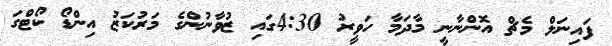
ފައިނަލް މެޗް އޮންނާނީ މާދަމާ ހަވީރު 4:30ގައި ޒުވާނުންގެ މަރުކަޒު އިންޑޯ ކޯޓްގަ